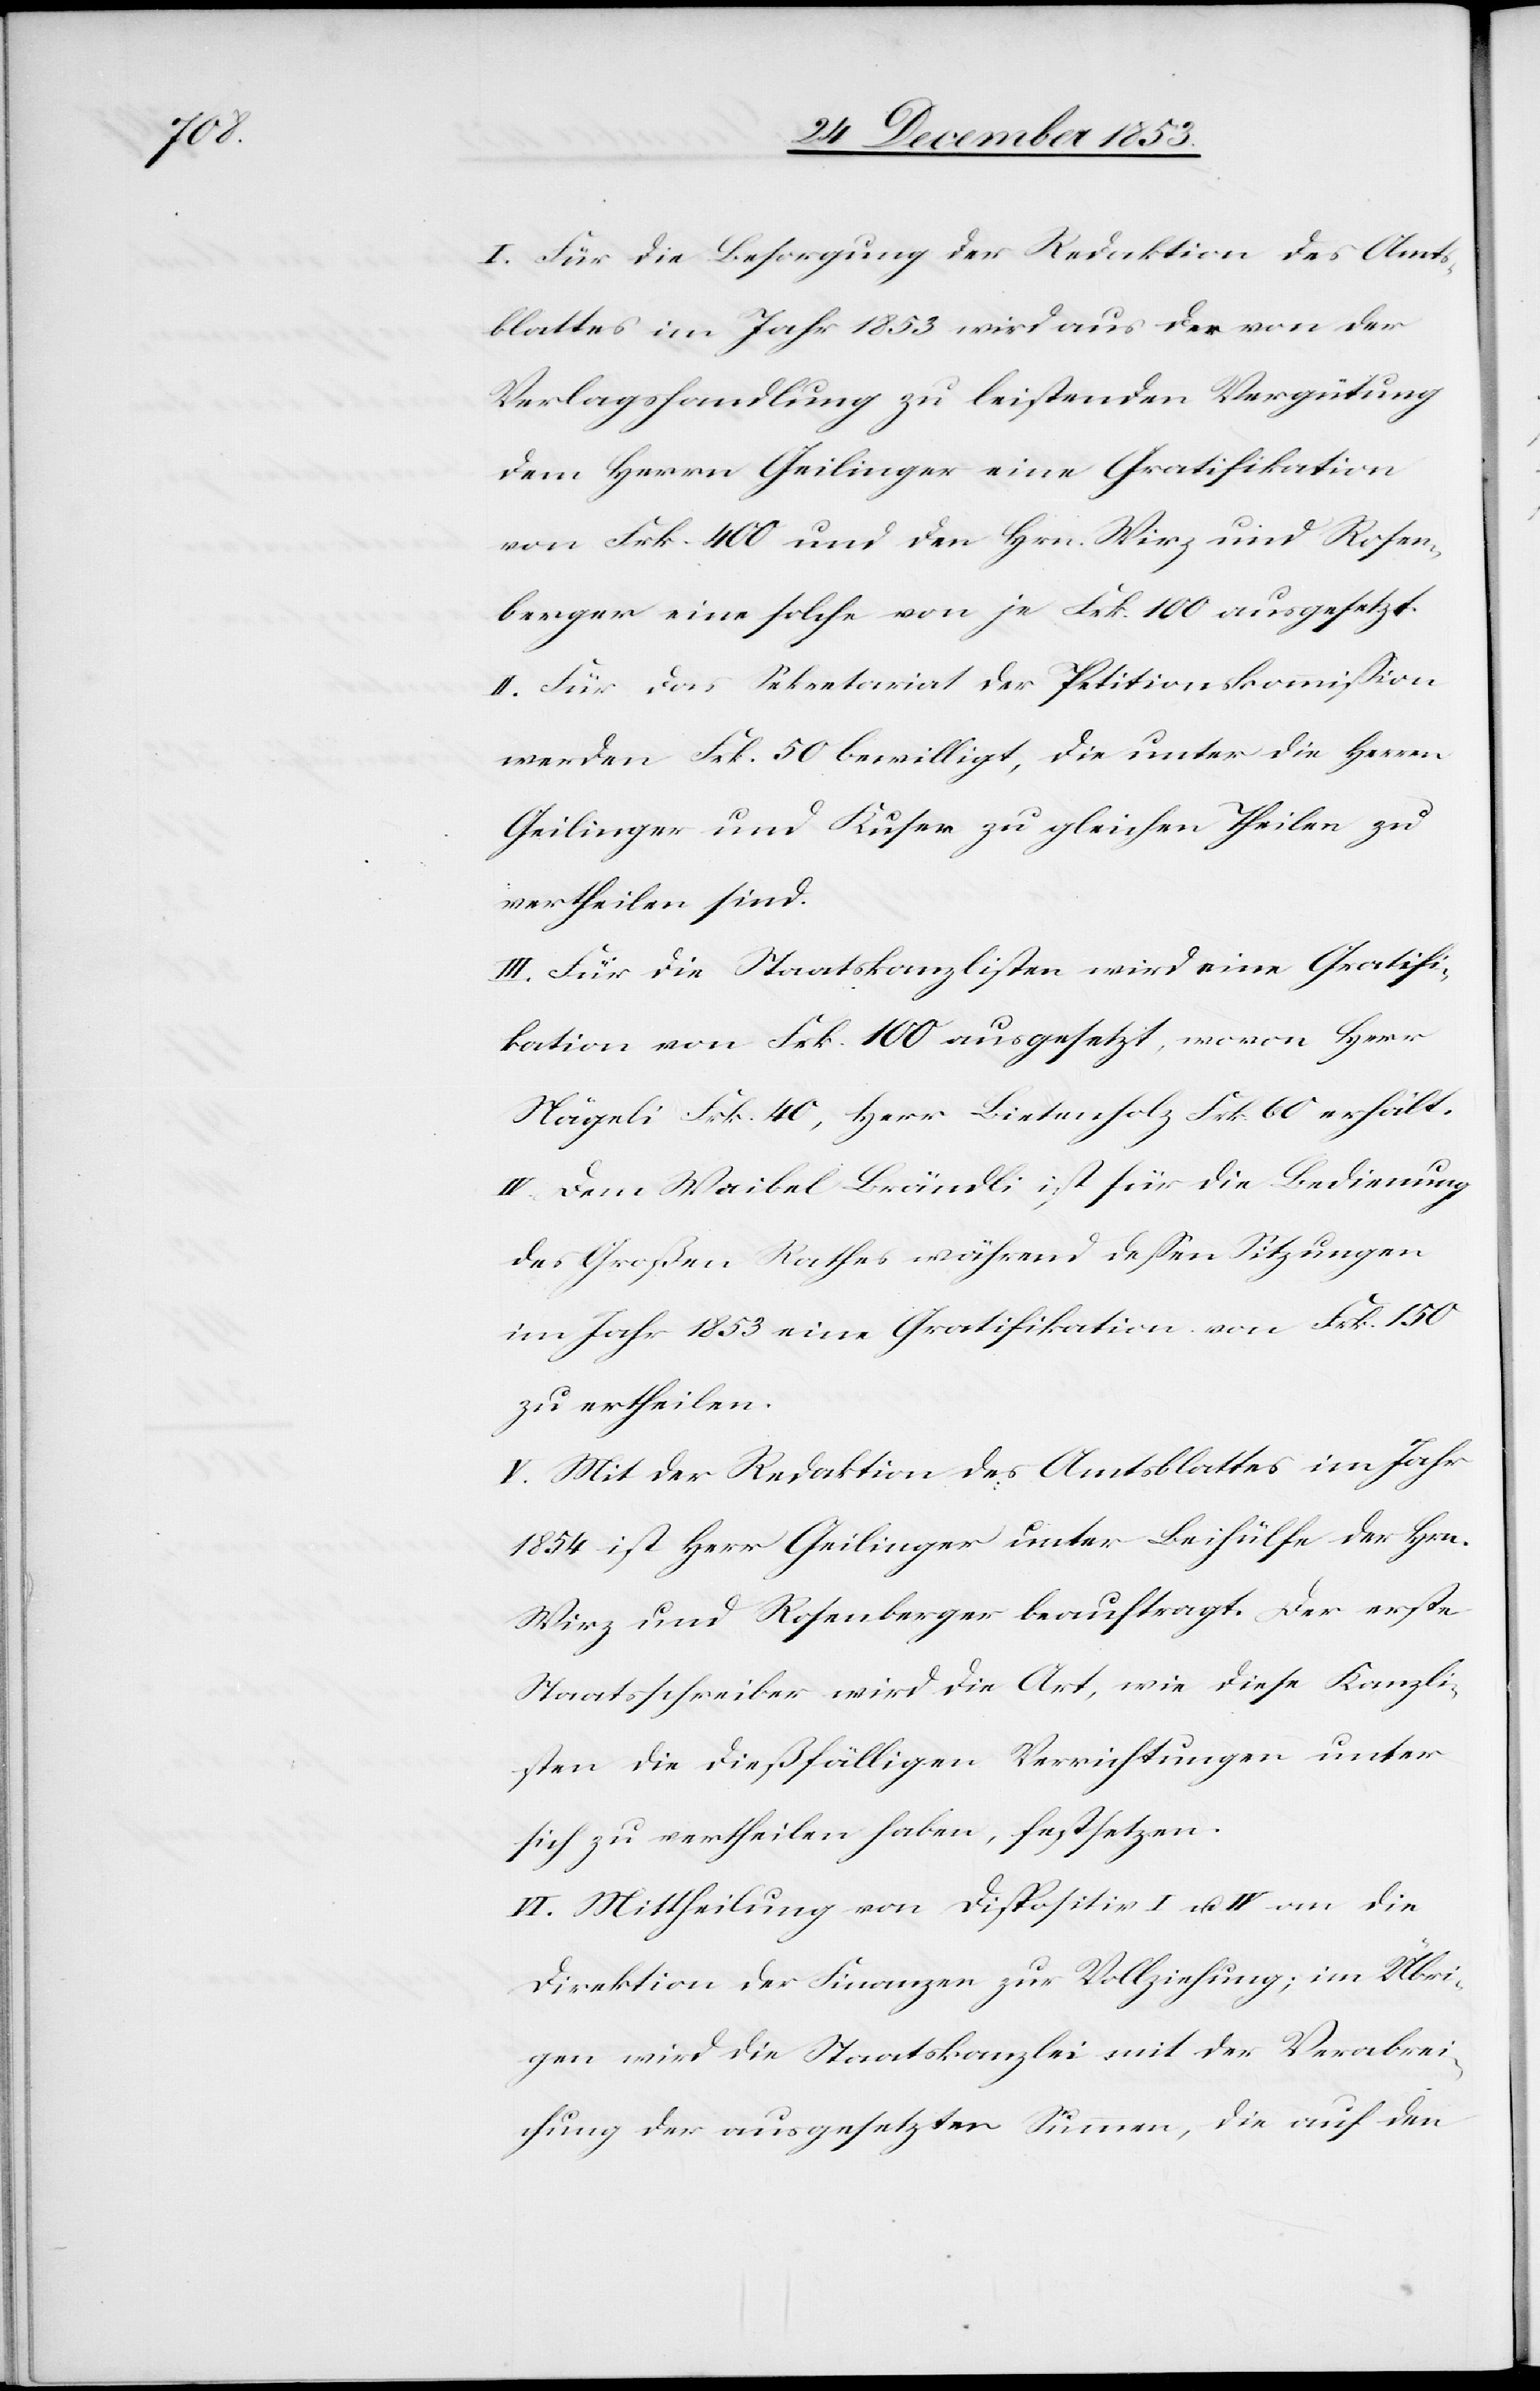
I. Für die Besorgung der Redaktion des Amts¬
blattes im Jahr 1853 wird aus der von der
Verlagshandlung zu leistenden Vergütung
dem Herrn Geilinger eine Gratifikation
von Frk. 400 und den Hrn. Wirz und Rosen¬
berger eine solche von je Frk. 100 ausgesetzt.
II. Für das Sekretariat der Petitionskommißion
werden Frk. 50 bewilligt, die unter die Herren
Geilinger und Kuser zu gleichen Theilen zu
vertheilen sind.
III. Für die Staatskanzlisten wird eine Gratifi¬
kation von Frk. 100 ausgesetzt, wovon Herr
Nägeli Frk. 40, Herr Liesenholz Frk. 60 erhält.
IV. Dem Waibel Brändli ist für die Bedienung
des Großen Rathes während deßen Sitzungen
im Jahr 1853 eine Gratifikation von Frk. 150
zu ertheilen.
V. Mit der Redaktion des Amtsblattes im Jahr
1854 ist Herr Geilinger unter Beihülfe der Hrn.
Wirz und Rosenberger beauftragt. Der erste
Staatsschreiber wird die Art, wie diese Kanzli¬
sten die dießfälligen Verrichtungen unter
sich zu vertheilen haben, festsetzen.
VI. Mittheilung von Dispositiv I u. IV an die
Direktion der Finanzen zur Vollziehung; im Übri¬
gen wird die Staatskanzlei mit der Verabrei¬
chung der ausgesetzten Summen, die auf den